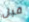
قبل